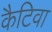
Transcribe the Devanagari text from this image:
कैटिवा